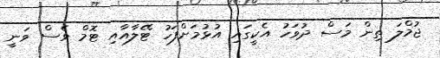
ޖުމްލަ ތިން މަސް ދުވަހު އެކީގައި އުޅުމަށްފަހު ޓޭލާއާއި ޓޮމް ވެސް ވަނީ